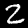
Label: 2